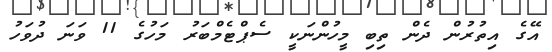
އޭގެ އިތުރުން ދެން ތިބި މީހުންނަކީ ސެޕްޓެމްބަރު މަހުގެ 11 ވަނަ ދުވަހު